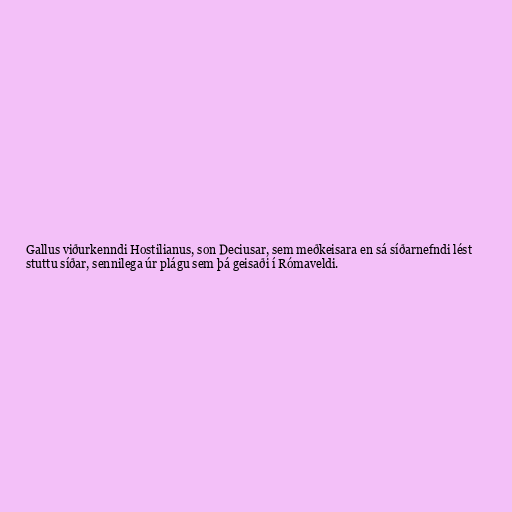
Gallus viðurkenndi Hostilianus, son Deciusar, sem meðkeisara en sá síðarnefndi lést
stuttu síðar, sennilega úr plágu sem þá geisaði í Rómaveldi.